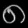
Digit: ၈